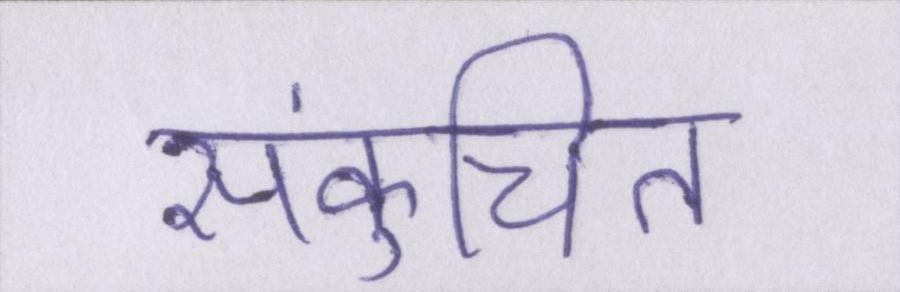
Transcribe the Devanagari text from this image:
संकुचित